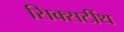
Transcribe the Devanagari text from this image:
सिक्सटींथ